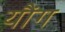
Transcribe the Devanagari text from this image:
यौंग